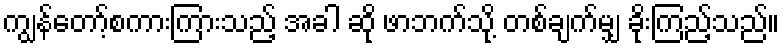
ကျွန်တော့်စကားကြားသည့် အခါ ဆို ဖာဘက်သို့ တစ်ချက်မျှ ခိုးကြည့်သည်။